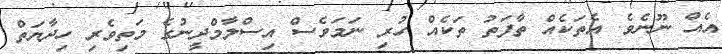
އެއް ނޫނެވެ. އެތަކެއް ތާފަތު ތަކެއް ހުރި ނަމަވެސް އިސްލާމްދީނުގެ މަތިވެރި ހިދާޔަތް